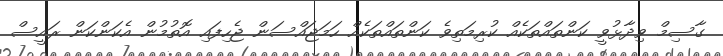
ގާސިމް ވިދާޅުވީ ކަންތައްތަކެއް ކުރިމަތިވެ ކަންތައްތަކެއް ހަމަޖައްސަން ޖެހިފައި އޮތުމުން އެކަންކަން ރައީސް